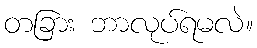
တခြား ဘာလုပ်ရမလဲ။